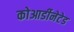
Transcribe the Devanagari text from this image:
कोआर्डीनेटेड